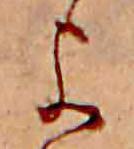
よ